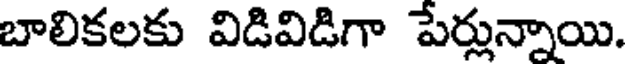
బాలికలకు విడివిడిగా పేర్లున్నాయి.